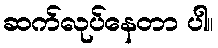
ဆက်လုပ်နေတာ ပါ။